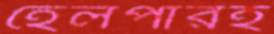
হেলপারই